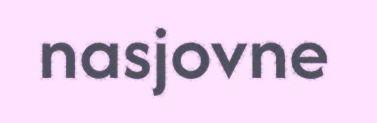
nasjovne